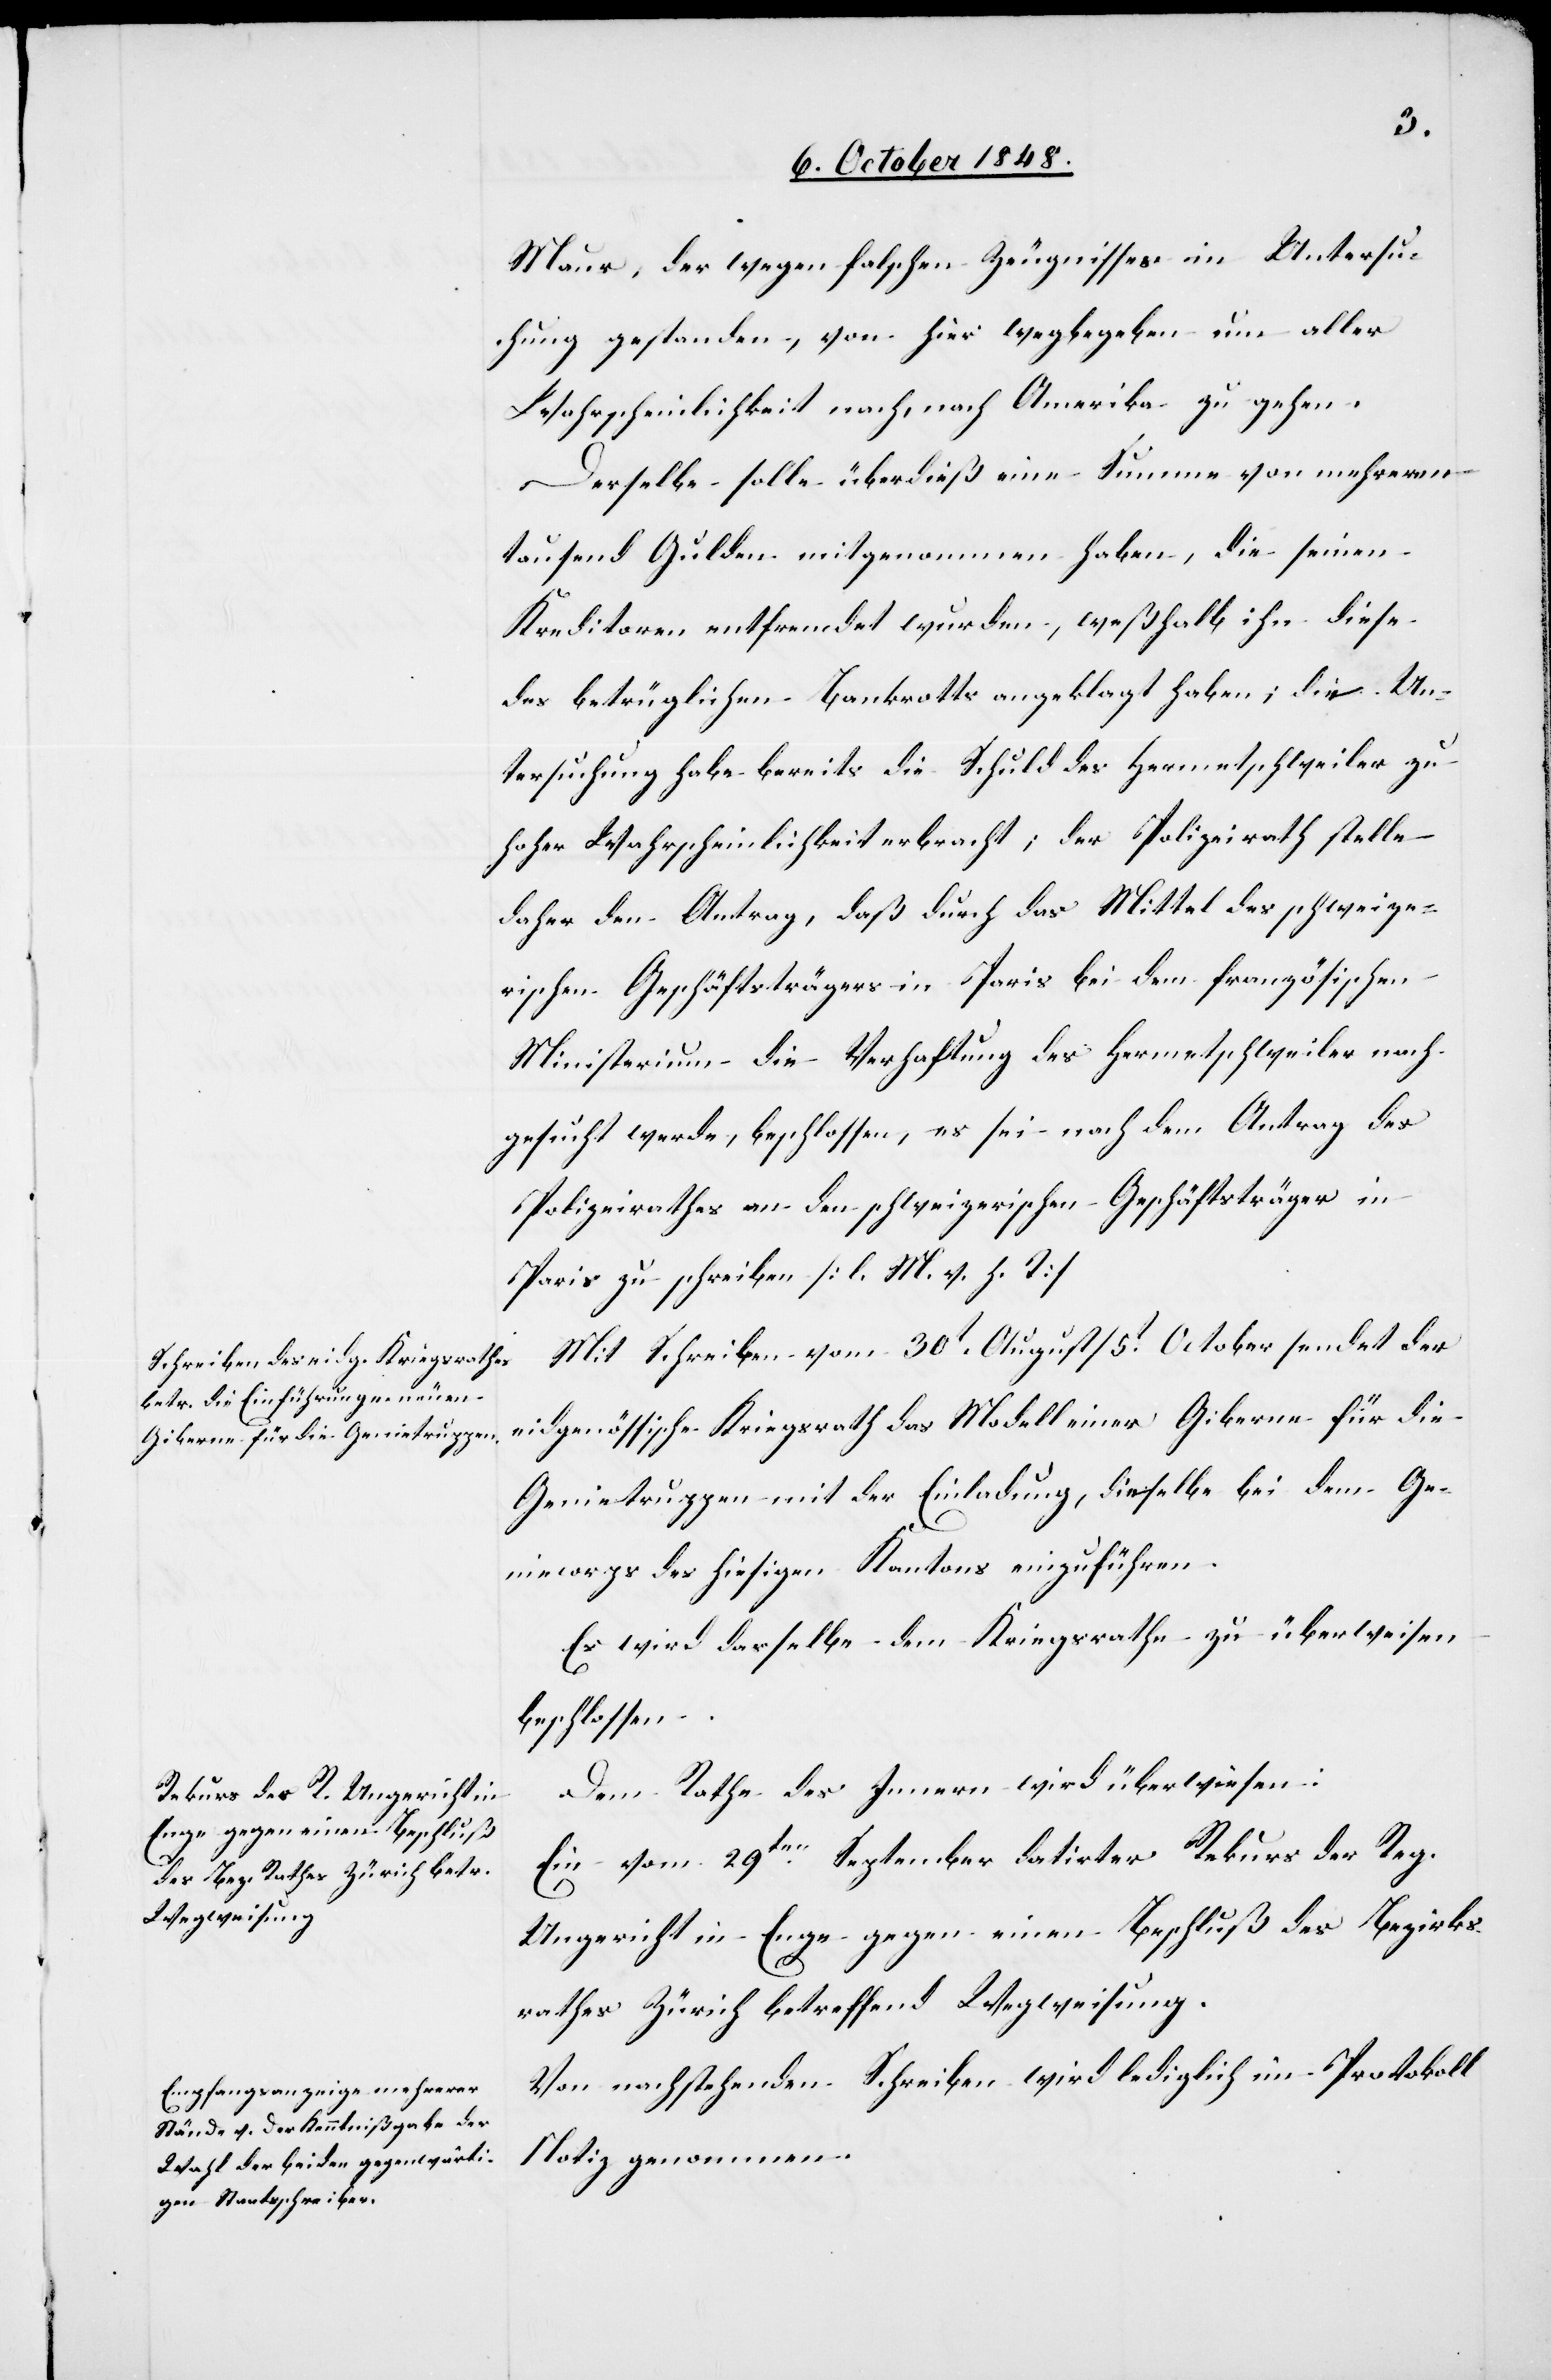
6t October 1848.]
Maur, der wegen falschen Zeugnisses in Untersu¬
chung gestanden, von hier wegbegeben um aller
Wahrscheinlichkeit nach, nach Amerika zu gehen.
Derselbe solle überdieß eine Summe von mehreren
tausend Gulden mitgenommen haben, die seinen
Kreditoren entfremdet wurden, weßhalb ihn diese
des betrüglichen Bankrotts angeklagt haben; die Un¬
tersuchung habe bereits die Schuld des Hermetschweiler zu
hoher Wahrscheinlichkeit erbracht; der Polizeirath stelle
daher den Antrag, daß durch das Mittel des schweize¬
rischen Geschäftsträgers in Paris bei dem französischen
Ministerium die Verhaftung des Hermetschweiler nach¬
gesucht werde, beschlossen, es sei nach dem Antrag des
Polizeirathes an den schweizerischen Geschäftsträger in
Paris zu schreiben. [l. M. v. h. T]
Mit Schreiben vom 30t August / 5t October sendet der
eidgenössische Kriegsrath das Modell einer Giberne für die
Genietruppen mit der Einladung, dieselbe bei dem Ge¬
niecorps des hiesigen Kantons einzuführen.
Es wird dasselbe dem Kriegsrathe zu überweisen
beschlossen.
Dem Rathe des Innern wird überwiesen:
Ein vom 29ten September datirter Rekurs der Reg.
Ungericht in Enge gegen einen Beschluß des Bezirks¬
rathes Zürich betreffend Wegweisung.
Von nachstehenden Schreiben wird lediglich im Protokoll
Notiz genommen.